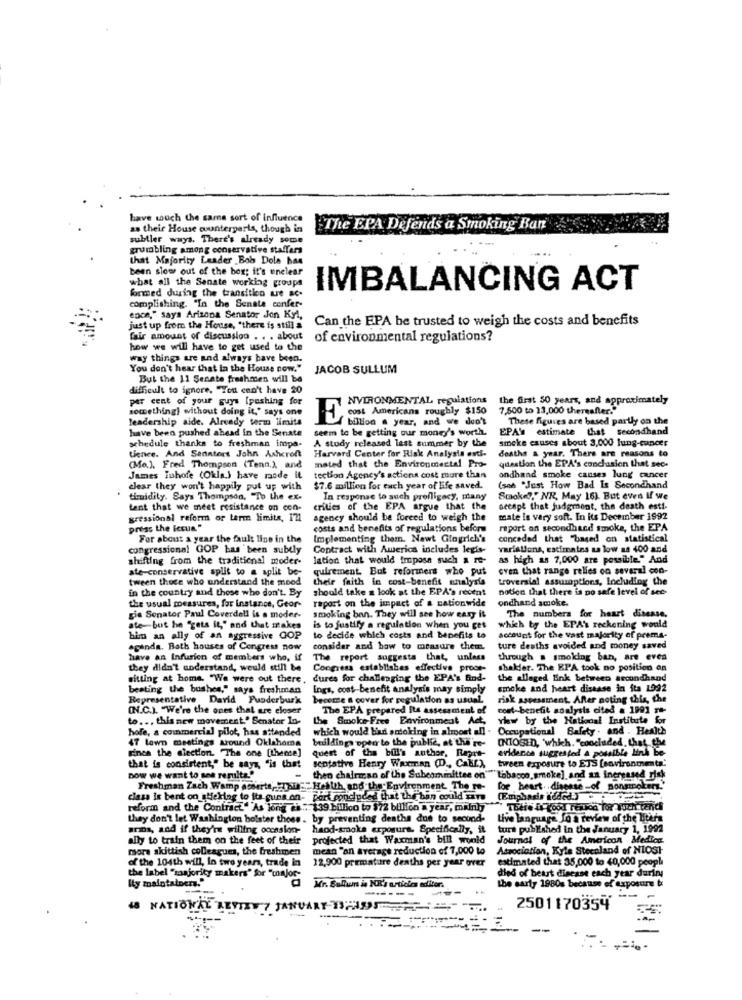
have touch the same sort of influence
as their House counterparts, though in
The EPA Defends a Smoking Ban
subtler ways. There's already some
grumbling among conservative staffers
that Majority Leader Bob Dole has
been slow out of the box; it's unclear
what all the Senate working groups
formed during the transition ue sc.
IMBALANCING ACT
complishing. "In the Senate confer
ence," says Arizona Senator Jon Kyl,
Can the EPA be trusted to weigh the costs and benefits
just up from the House, "there is still a
fair amount of discussion . . . about
of environmental regulations?
how we will have to get used to the
way things are and always have been.
You don't hear that in the House now."
JACOB SULLUM
But the 11 Senate freshmen will be
difficult to ignore, "You can't have 20
per cent of your guys [pushing for
NVIRONMENTAL regulations
the first 50 years, and approximately
something} without doing it," says one
cost Americans roughly $150
7.500 to 13,000 thereafter."
leadership aide. Already term limits
E
billion a year, and we don't
These figures are based partly on the
have been pushed ahead in the Senate
seem to be getting our money's worth.
EPA' estimate that secondhand
schedule thanks to freshman impa-
A study released last summer by the
smoke causes about 3,000 lung-cancer
Harvard Center for Risk Analysis enti-
deaths & year. There are reasons to
tience. And Senators John Ashcroft
mated that the Environmental Pro-
question the EPA's conclusion that sec-
(Mo.). Fred Thompson (Tenn,), and
James Tuhofe (Okla.) have rode it
tection Agency's actions cost more than
ondhand smoke causes lung cancer
clear they won't happily put up with
$7.6 million for each year of Life saved.
(sen "Just How Bad Is Secondhand
timidity. Says Thompson, "To the ex-
In response to such profligocy, plany
Smoke?" NR, May 16). But even If we
tant that we meet resistance on con-
critics of the EPA argue that the
accept that judgment, the death esti-
gressional reform or term limits, 12
agency should be forced to weigh the
mate is vary soft. In its December 1992
press the iccun"
costs and benefits of regulations before
raport on secondhand smoke, the EPA
For about a year the fault line in the
Implementing them. Nawt Glogrich's
conceded that "based on statistical
congressional GOP has been subtly
Contract with America includes legis-
variations, estimates us low as 400 and
shifting from the traditional moder-
lation that would Imposa such a re-
as high as 7,000 are possible." And
ate-conservative split to a split be-
quirement. But reformers who put
even that range relies on several con-
tween those who understand the mood
their faith in cost-benefit analysis
troversial assumptions, Including the
in the country and those who don't. By
should take a look at the EPA's recent
notion that there is po safe level of sec-
raport on the impact of a nationwide
ondhand smoke.
the usual measures, for instance, Geor-
gie Senator Paul Coverdell is a moder-
smoking ban. They will see how easy it
The numbers for heart disease.
ate but he "gets it," and that makes
is to justily a regulation when you get
which by the EPA's reckoning would
him an ally of an aggressive GOP
to decide which costs and benefits to
account for the vast majority of prema-
aginda, Bath houses of Congress now
consider and how to measure them.
ture deaths avoided and money saved
have an Infurion of members who, if
The report suggests that, unless
through . smoking ban, are even
they didn't understand, would still be
Congress establishes effective proce-
shaker. The EPA took no position on
sitting at home. "We were out there, dures for challenging the EPA's find-
the alleged link between secondhand
beating the bushes," says freshman
Ings, cost-benefit analysis may simply
smoke and heart disease in ita 1992
Representative David Puoderburk
become a cover for regulation as usual.
risk assessment. After noting this, the
(N.C.). "We're the ones that are closer
The EPA prepared Its assessment of
cost-benefit somlysis cited a 1991 re-
to ... this new movement" Senator In-
the Smoke-Free Environment Act,
Yhw by the National Institute for
hole, a commercial pilot, has attended
which would bili smoking in almost all . Occupational Safety . and . Health
47 lawn mestings around Oklahoma
buildings open to the public, at the're-
INTOSED, 'which. "concluded, that, the
Finca the election. "The one [theme]
evidence suggested & possible lind be
quest of the bill's author. Rapat-
that is consistent," be says, "is that
sentative Henry Waxman (D ., Calif), tween exposure to ETS [environmeta'
now we want to see results."
then chairman of the Subcommittee on""" Lobacco,smoke] and sa increased risk
Freshman Zach Wamp aoferta, pan"." Health and the Environment. The re- for heart disease -of ponsmoker."
class is bent on_[Hering to its guna on- port sonduded that the ban could zara
(Emphasis i'dded.)
reform and the Contract" "As long as: 139 billion to $72 billion a year, mainly
There is good reason for wuch tench
they don't let Washington bolster thoes . by preventing deaths due to second-
Live language. Jo a review of the Liters
anos, and if they're willing occasion-
haod-smoke exposure. Specifically, it
turs published in the January 1, 1992
ally to train them on the feet of their
projected that Waxman's bill world
Journal of the American Medica
mors skittish colleagues, the freshmen
mean "an average reduction of 7,000 to
Association, Kyle Stecaland of NIOST
of the 104th will, In two years, trade in
12,900 premature deaths per year over
estimated that 35,000 to 40,000 peop!
the label "saajority makers" for "major-
died of beast disease each year dariny
Ity maintainers.
Mr. Sullins in NR's articles editor.
the early 1980s because of exposure
4 NATIONAL REVIEW 7 JANUARY TAPS AT
2501170354